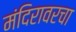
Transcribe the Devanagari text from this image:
मंदिरावरचा